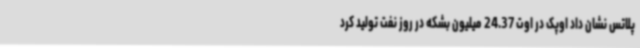
پلاتس نشان داد اوپک در اوت 24.37 میلیون بشکه در روز نفت تولید کرد